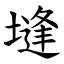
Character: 塳